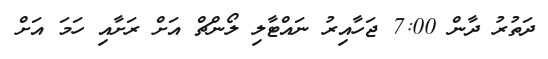
ދަތުރު ދާން 7:00 ޖަހާއިރު ނައްޓާލި ލޯންޗް އަށް ރަށާއި ހަމަ އަށް